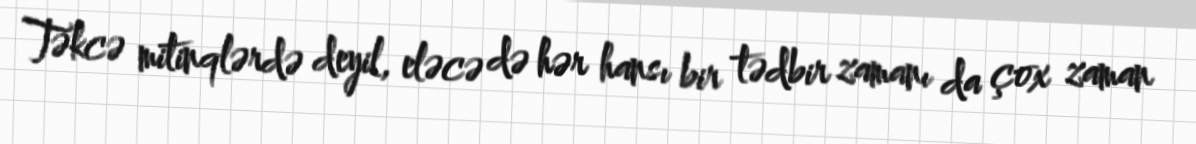
Təkcə mitinqlərdə deyil, eləcə də hər hansı bir tədbir zamanı da çox zaman